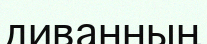
диванның